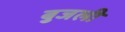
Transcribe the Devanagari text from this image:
बुजली